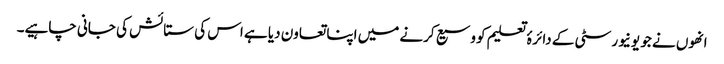
انھوں نے جو یونیورسٹی کے دائرۂ تعلیم کو وسیع کرنے میں اپنا تعاون دیا ہے اس کی ستائش کی جانی چاہیے۔